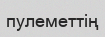
пулеметтің